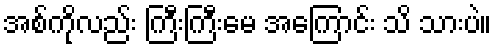
အစ်ကိုလည်း ကြီးကြီးမေ အကြောင်း သိ သားပဲ။